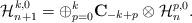
LaTeX: \begin{align*}\mathcal H_{n+1}^{k,0}=\oplus_{p=0}^{k} \mathbf C_{-k+p}\otimes \mathcal H_n^{p,0}. \end{align*}